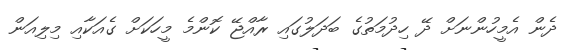
ދެން އެމީހުންނަށް ދޭ ހިދުމަތުގެ ބަދަލުގައި ރާއްޖޭ ކޮންމެ މީހަކަށް ގެއަކާއި މިލިއަން